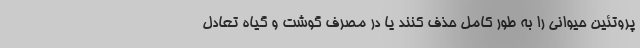
پروتئین حیوانی را به طور کامل حذف کنند یا در مصرف گوشت و گیاه تعادل